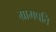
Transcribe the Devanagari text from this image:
ग्रामपति